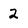
Character: 2